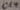
Text: C14